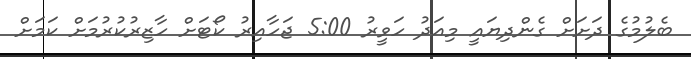
ބެލުމުގެ ދަށަށް ގެންދިޔައީ މިއަދު ހަވީރު 5:00 ޖަހާއިރު ކޯޓަށް ހާޒިރުކުރުމަށް ކަމަށް